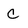
Character: C